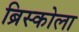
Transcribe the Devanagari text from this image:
ब्रिस्कोला